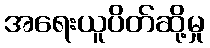
အရေးယူပိတ်ဆို့မှု